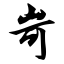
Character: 岢